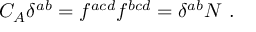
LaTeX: C _ { A } \delta ^ { a b } = f ^ { a c d } f ^ { b c d } = \delta ^ { a b } N \ .